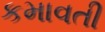
કમાવતી